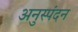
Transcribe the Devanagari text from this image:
अनुस्पंदन